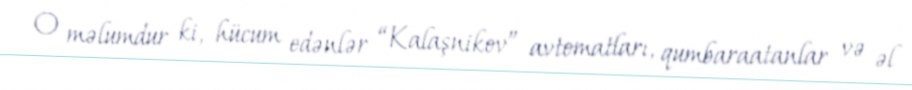
O məlumdur ki, hücum edənlər “Kalaşnikov” avtomatları, qumbaraatanlar və əl